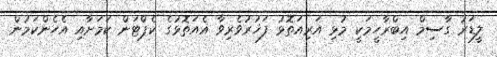
ލީޑަރު ގާސިމް އިބްރާހީމަކީ މުޅި އަރިއަތޮޅު ފަޚުރުވެރިވާ އެއަތޮޅުގެ ކެޕްޓަން ކަމަށާއި އެހެންކަމުން